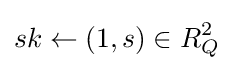
sk\leftarrow (1,s)\in R_{Q}^{2}